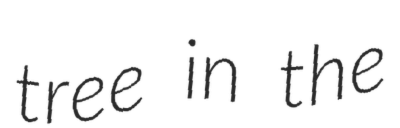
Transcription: tree in the